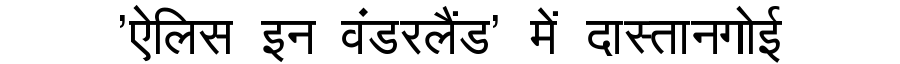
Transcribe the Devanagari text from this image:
'ऐलिस इन वंडरलैंड' में दास्तानगोई